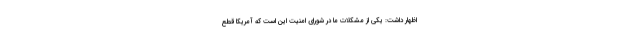
اظهار داشت: یکی از مشکلات ما در شورای امنیت این است که آمریکا قطع